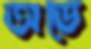
অডে